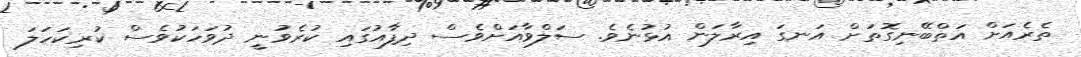
ތެރެއަށް އަތްބޭނިގޮތަށް އަނގަ އިރާލަން އުޅުނެވެ. ސަލްވާއަށްވެސް ދިފާއުގައި ކުރެވުނީ ދުވަހަކުވެސް ކުރިކަހަލަ